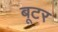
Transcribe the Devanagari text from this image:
बूटर